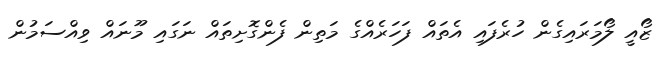
ޒޯއީ ލޯމަރައިގެން ހުރެފައި އެތައް ފަހަރެއްގެ މަތިން ފެންގޮށިތައް ނަގައި މޫނައް ވިއްސަމުން